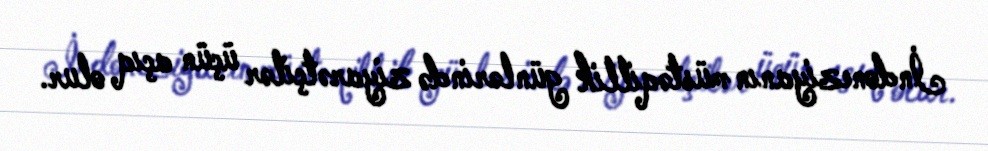
İndoneziyanın müstəqillik günlərində ziyarətçilər üçün açıq olur.